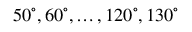
5 0 ^ { \circ } , 6 0 ^ { \circ } , \ldots , 1 2 0 ^ { \circ } , 1 3 0 ^ { \circ }